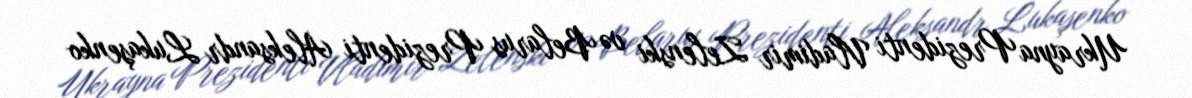
Ukrayna Prezidenti Vladimir Zelenski və Belarus Prezidenti Aleksandr Lukaşenko